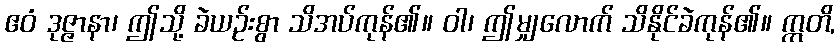
ဧဝံ ဒုဇ္ဇာနာ၊ ဤသို့ ခဲယဉ်းစွာ သိအပ်ကုန်၏။ ဝါ၊ ဤမျှလောက် သိနိုင်ခဲကုန်၏။ ဣတိ,